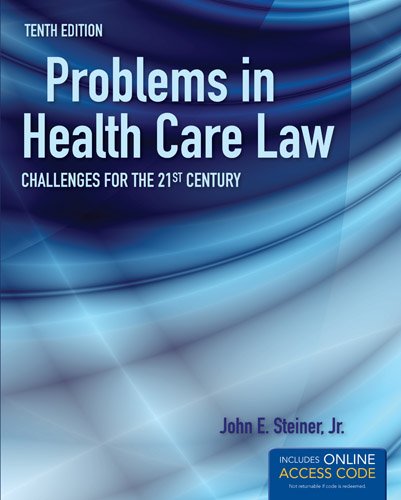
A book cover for Problems In Health Care Law: Challenges for the 21st Century; John E. Steiner Jr.; Business & Money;